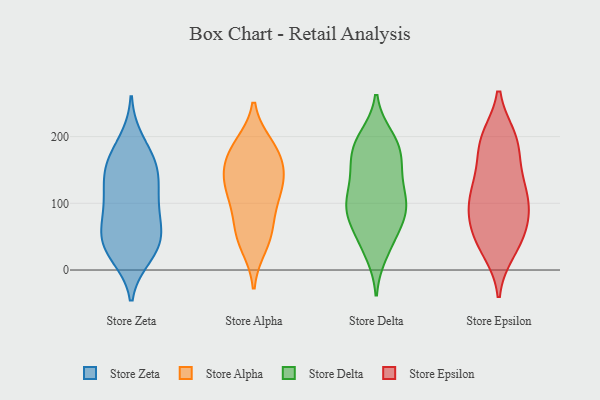
{"axis": {"x": "Production Output", "y": "Value"}, "legend": ["Store Alpha", "Store Delta", "Store Epsilon", "Store Zeta"], "data": [{"x": "", "y": 70, "type": "Store Zeta"}, {"x": "", "y": 155, "type": "Store Zeta"}, {"x": "", "y": 23, "type": "Store Zeta"}, {"x": "", "y": 159, "type": "Store Zeta"}, {"x": "", "y": 33, "type": "Store Zeta"}, {"x": "", "y": 108, "type": "Store Zeta"}, {"x": "", "y": 122, "type": "Store Zeta"}, {"x": "", "y": 142, "type": "Store Zeta"}, {"x": "", "y": 39, "type": "Store Zeta"}, {"x": "", "y": 97, "type": "Store Zeta"}, {"x": "", "y": 41, "type": "Store Zeta"}, {"x": "", "y": 78, "type": "Store Zeta"}, {"x": "", "y": 43, "type": "Store Zeta"}, {"x": "", "y": 192, "type": "Store Zeta"}, {"x": "", "y": 162, "type": "Store Zeta"}, {"x": "", "y": 128, "type": "Store Alpha"}, {"x": "", "y": 84, "type": "Store Alpha"}, {"x": "", "y": 186, "type": "Store Alpha"}, {"x": "", "y": 182, "type": "Store Alpha"}, {"x": "", "y": 37, "type": "Store Alpha"}, {"x": "", "y": 53, "type": "Store Alpha"}, {"x": "", "y": 165, "type": "Store Alpha"}, {"x": "", "y": 55, "type": "Store Alpha"}, {"x": "", "y": 123, "type": "Store Alpha"}, {"x": "", "y": 133, "type": "Store Alpha"}, {"x": "", "y": 107, "type": "Store Alpha"}, {"x": "", "y": 175, "type": "Store Alpha"}, {"x": "", "y": 145, "type": "Store Alpha"}, {"x": "", "y": 25, "type": "Store Delta"}, {"x": "", "y": 104, "type": "Store Delta"}, {"x": "", "y": 73, "type": "Store Delta"}, {"x": "", "y": 135, "type": "Store Delta"}, {"x": "", "y": 194, "type": "Store Delta"}, {"x": "", "y": 35, "type": "Store Delta"}, {"x": "", "y": 108, "type": "Store Delta"}, {"x": "", "y": 87, "type": "Store Delta"}, {"x": "", "y": 156, "type": "Store Delta"}, {"x": "", "y": 172, "type": "Store Delta"}, {"x": "", "y": 100, "type": "Store Delta"}, {"x": "", "y": 70, "type": "Store Delta"}, {"x": "", "y": 199, "type": "Store Delta"}, {"x": "", "y": 50, "type": "Store Delta"}, {"x": "", "y": 94, "type": "Store Delta"}, {"x": "", "y": 138, "type": "Store Delta"}, {"x": "", "y": 191, "type": "Store Delta"}, {"x": "", "y": 161, "type": "Store Delta"}, {"x": "", "y": 183, "type": "Store Delta"}, {"x": "", "y": 93, "type": "Store Delta"}, {"x": "", "y": 91, "type": "Store Epsilon"}, {"x": "", "y": 57, "type": "Store Epsilon"}, {"x": "", "y": 71, "type": "Store Epsilon"}, {"x": "", "y": 43, "type": "Store Epsilon"}, {"x": "", "y": 192, "type": "Store Epsilon"}, {"x": "", "y": 93, "type": "Store Epsilon"}, {"x": "", "y": 197, "type": "Store Epsilon"}, {"x": "", "y": 30, "type": "Store Epsilon"}, {"x": "", "y": 97, "type": "Store Epsilon"}, {"x": "", "y": 133, "type": "Store Epsilon"}, {"x": "", "y": 142, "type": "Store Epsilon"}, {"x": "", "y": 105, "type": "Store Epsilon"}, {"x": "", "y": 128, "type": "Store Epsilon"}, {"x": "", "y": 190, "type": "Store Epsilon"}, {"x": "", "y": 40, "type": "Store Epsilon"}, {"x": "", "y": 193, "type": "Store Epsilon"}]}